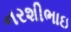
નરશીભાઇ